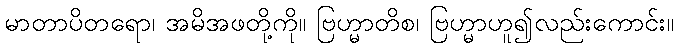
မာတာပိတရော၊ အမိအဖတို့ကို။ ဗြဟ္မာတိစ၊ ဗြဟ္မာဟူ၍လည်းကောင်း။